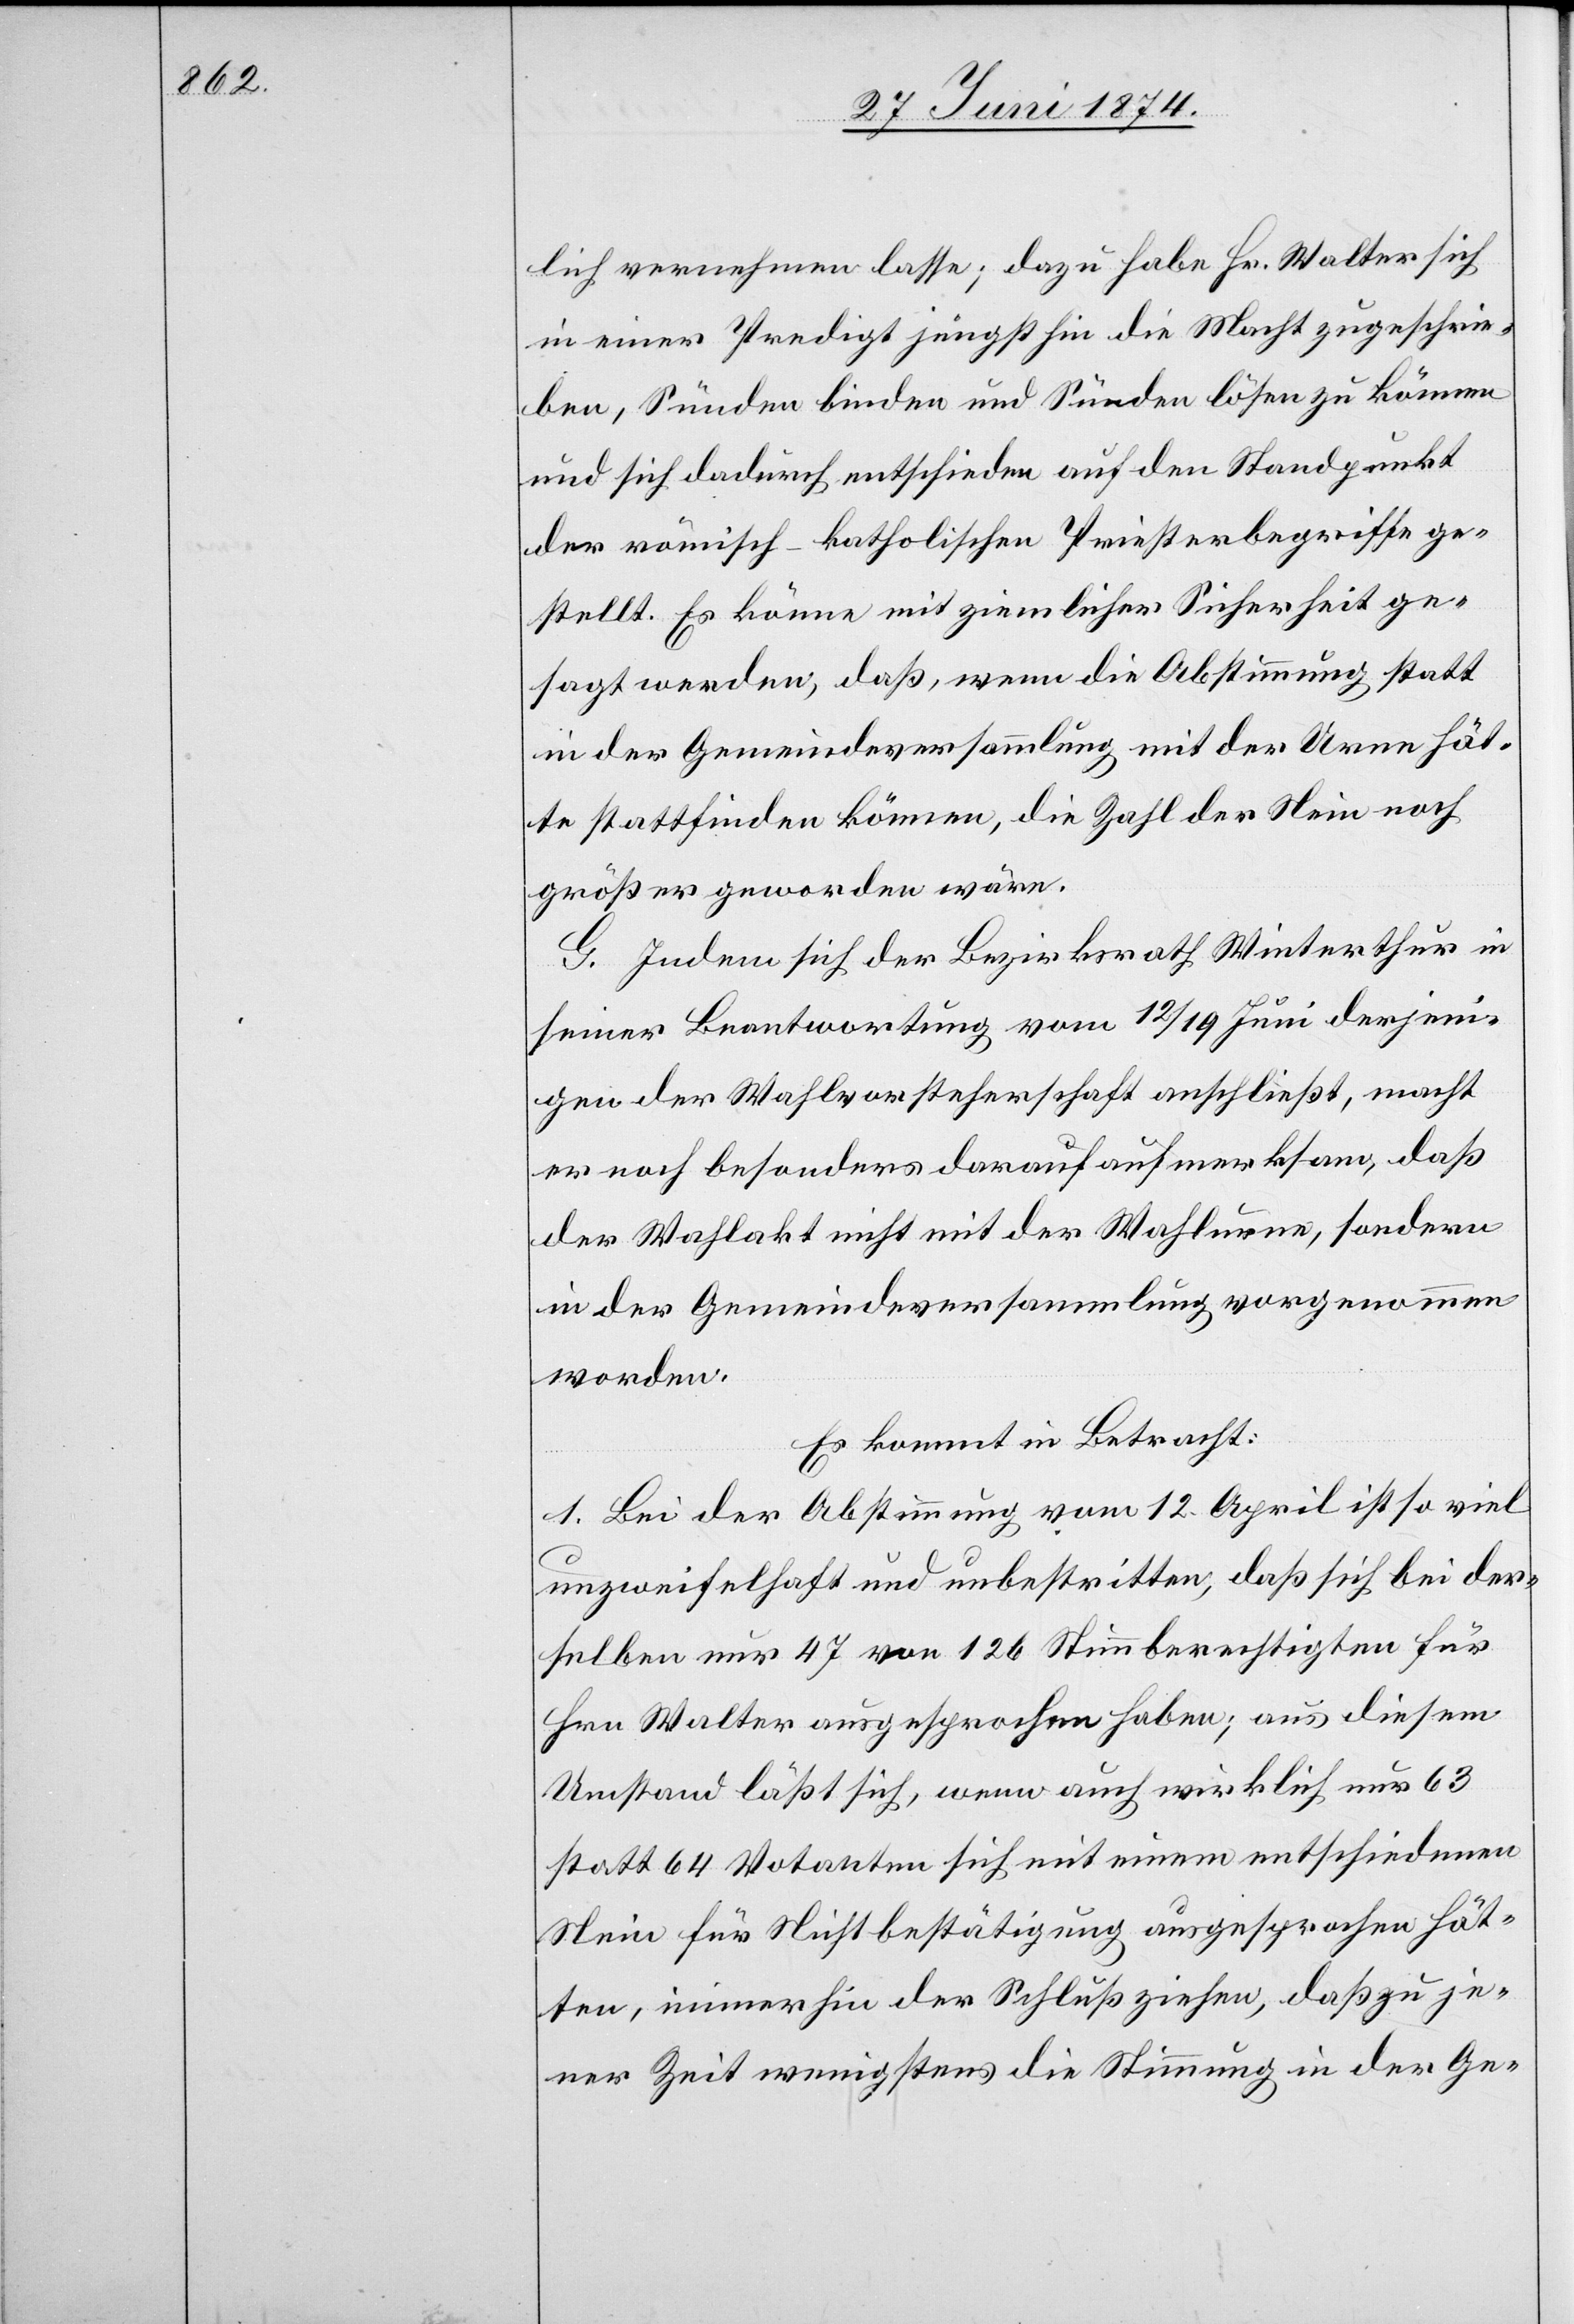
lich vernehmen lasse; dazu habe Hr. Walter sich
in einer Predigt jüngsthin die Macht zugeschrie¬
ben, Sünden binden und Sünden lösen zu können
und sich dadurch entschieden auf den Standpunkt
der römisch-katholischen Priesterbegriffe ge¬
stellt. Es könne mit ziemlicher Sicherheit ge¬
sagt werden, daß, wenn die Abstimmung statt
in der Gemeindeversammlung mit der Urne hät¬
te stattfinden können, die Zahl der Nein noch
größer geworden wäre.
G. Indem sich der Bezirksrath Winterthur in
seiner Beantwortung vom 12./19. Juni derjeni¬
gen der Wahlvorsteherschaft anschließt, macht
er noch besonders darauf aufmerksam, daß
der Wahlakt nicht mit der Wahlurne, sondern
in der Gemeindsversammlung vorgenommen
worden.
Es kommt in Betracht:
1. Bei der Abstimmung vom 12. April ist so viel
unzweifelhaft und unbestritten, daß sich bei der¬
selben nur 47 von 126 Stimmberechtigten für
Hrn. Walter ausgesprochen haben; aus diesem
Umstand läßt sich, wenn auch wirklich nur 63
statt 64 Votanten sich mit einem entschiedenen
Nein für Nichtbestätigung ausgesprochen hät¬
ten, immerhin der Schluß ziehen, daß zu je¬
ner Zeit wenigstens die Stimmung in der Ge-